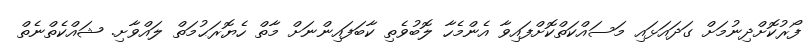
ފޯރުކޮށްދިނުމަށް ގަދައަޅައި މަސައްކަތްކޮށްފައިވާ އެންމެހާ ލޮބުވެތި ކާބަފައިންނަށް މާތް ހެޔޮރަޙުމަތް ލައްވާށި. ޝައްކެތްނެތް